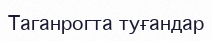
Таганрогта туғандар